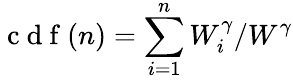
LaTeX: \mathrm{~c~d~f~}(n)=\sum_{i=1}^{n}W_{i}^{\gamma}/W^{\gamma}